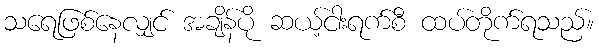
သရေဖြစ်နေလျှင် အချိန်ပို ဆယ့်ငါးရက်စီ ထပ်တိုက်ရသည်။